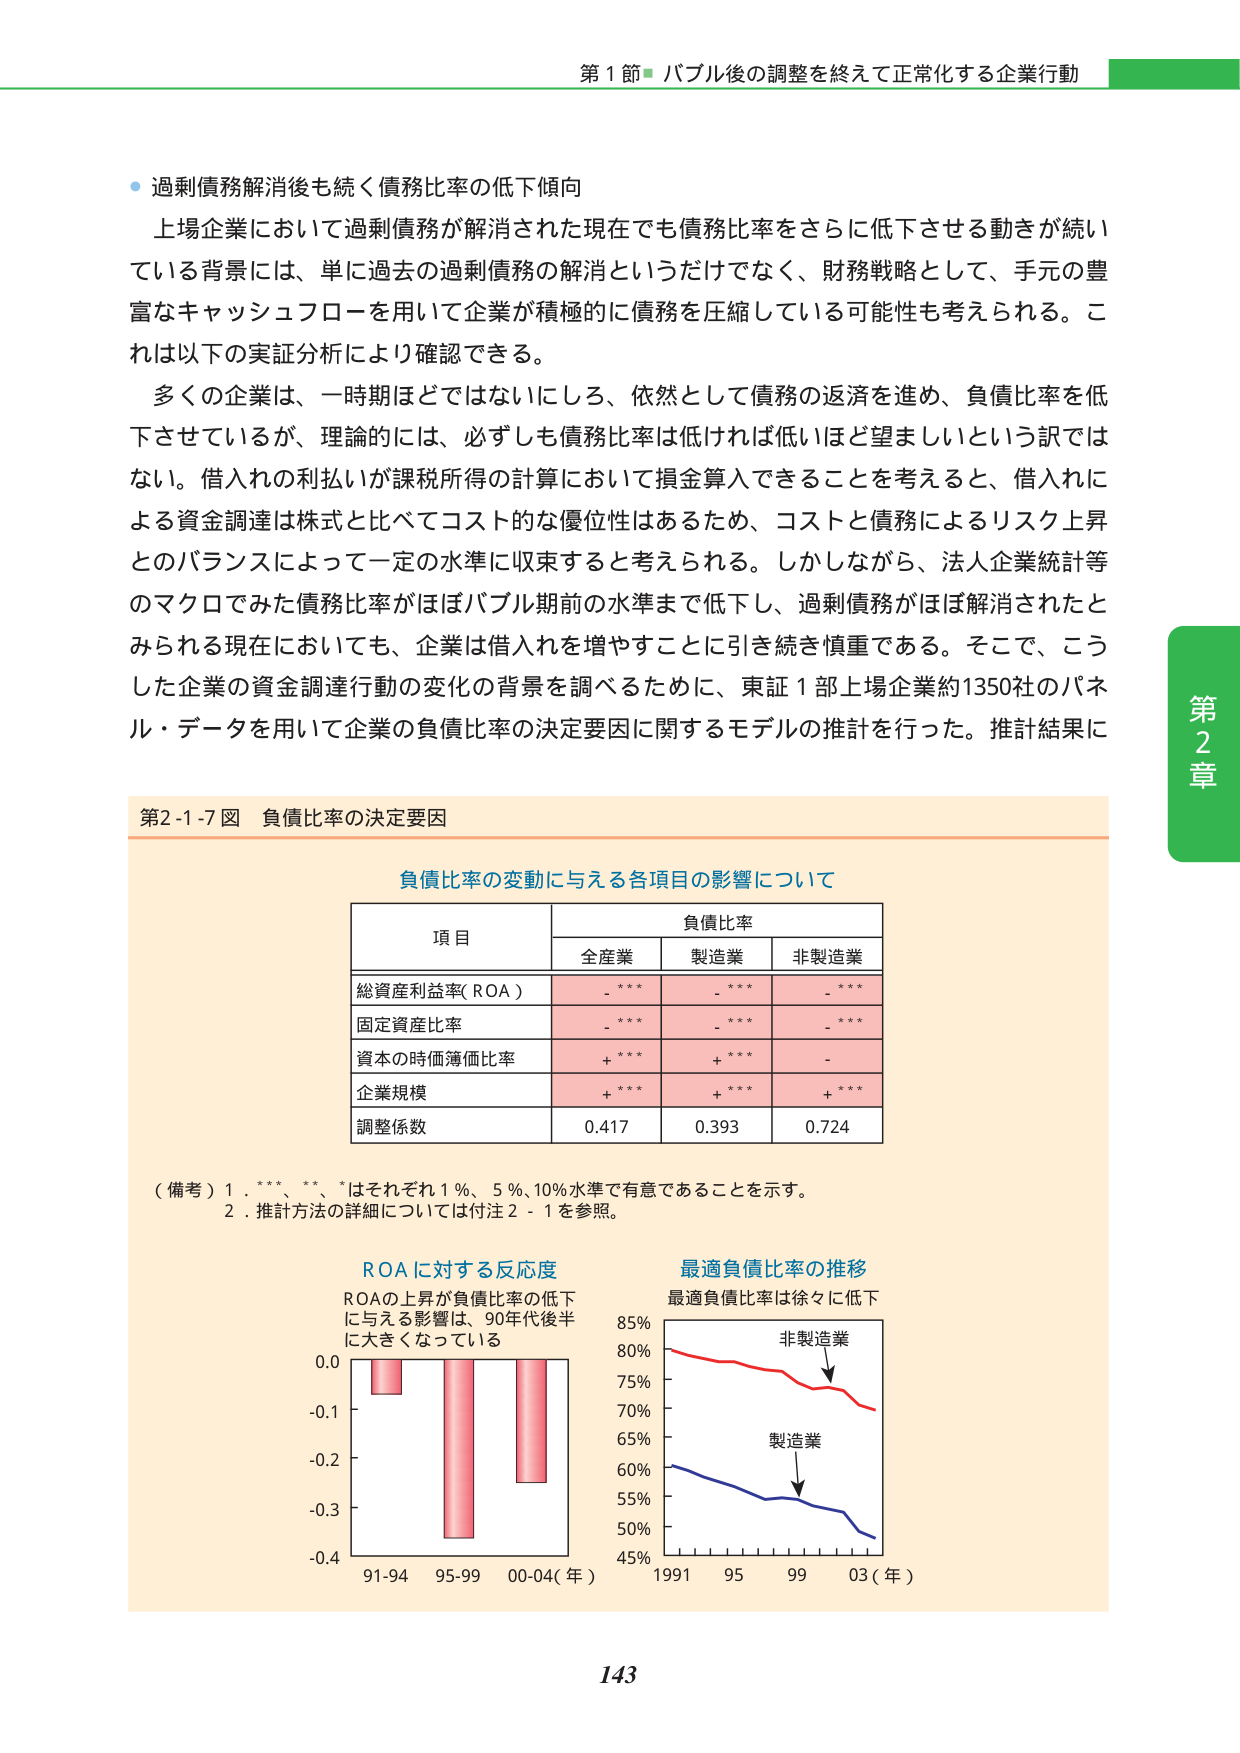
第１節 バブル後の調整を終えて正常化する企業行動

● 過剰債務解消後も続く債務比率の低下傾向
上場企業において過剰債務が解消された現在でも債務比率をさらに低下させる動きが続いている背景には、単に過去の過剰債務の解消というだけでなく、財務戦略として、手元の豊富なキャッシュフローを用いて企業が積極的に債務を圧縮している可能性も考えられる。これは以下の実証分析により確認できる。
多くの企業は、一時期ほどではないにしろ、依然として債務の返済を進め、負債比率を低下させているが、理論的には、必ずしも債務比率は低ければ低いほど望ましいという訳ではない。借入れの利払いが課税所得の計算において損金算入できることを考えると、借入れによる資金調達は株式と比べてコスト的な優位性はあるため、コストと債務によるリスク上昇とのバランスによって一定の水準に収束すると考えられる。しかしながら、法人企業統計等のマクロでみた債務比率がほぼバブル期前の水準まで低下し、過剰債務がほぼ解消されたとみられる現在においても、企業は借入れを増やすことに引き続き慎重である。そこで、こうした企業の資金調達行動の変化の背景を調べるために、東証１部上場企業約1350社のパネル・データを用いて企業の負債比率の決定要因に関するモデルの推計を行った。推計結果に

第2-1-7図 負債比率の決定要因

負債比率の変動に与える各項目の影響について

項目　　　　　　　　　　　　負債比率
　　　　　　　　　　全産業　　製造業　　非製造業
総資産利益率（ROA）　　　　-***　　-***　　-***
固定資産比率　　　　　　　　-***　　-***　　-***
資本の時価簿価比率　　　　　+***　　+***　　-***
企業規模　　　　　　　　　　+***　　+***　　+***
調整係数　　　　　　　　　　0.417　　0.393　　0.724

（備考）1．***、**、*はそれぞれ1％、5％、10％水準で有意であることを示す。
　　　2．推計方法の詳細については付注2-1を参照。

ROAに対する反応度
ROAの上昇が負債比率の低下に与える影響は、90年代後半に大きくなっている

最適負債比率の推移
最適負債比率は徐々に低下

（左図：棒グラフ）
0.0
-0.1
-0.2
-0.3
-0.4
91-94　95-99　00-04（年）

（右図：折れ線グラフ）
85%
80%
75%
70%
65%
60%
55%
50%
45%
1991　95　99　03（年）
非製造業
製造業

第2章

143